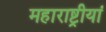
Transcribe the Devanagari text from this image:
महाराष्ट्रीयां